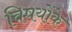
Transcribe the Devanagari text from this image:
विषयोंके